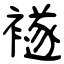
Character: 襚